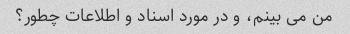
من می بینم، و در مورد اسناد و اطلاعات چطور؟